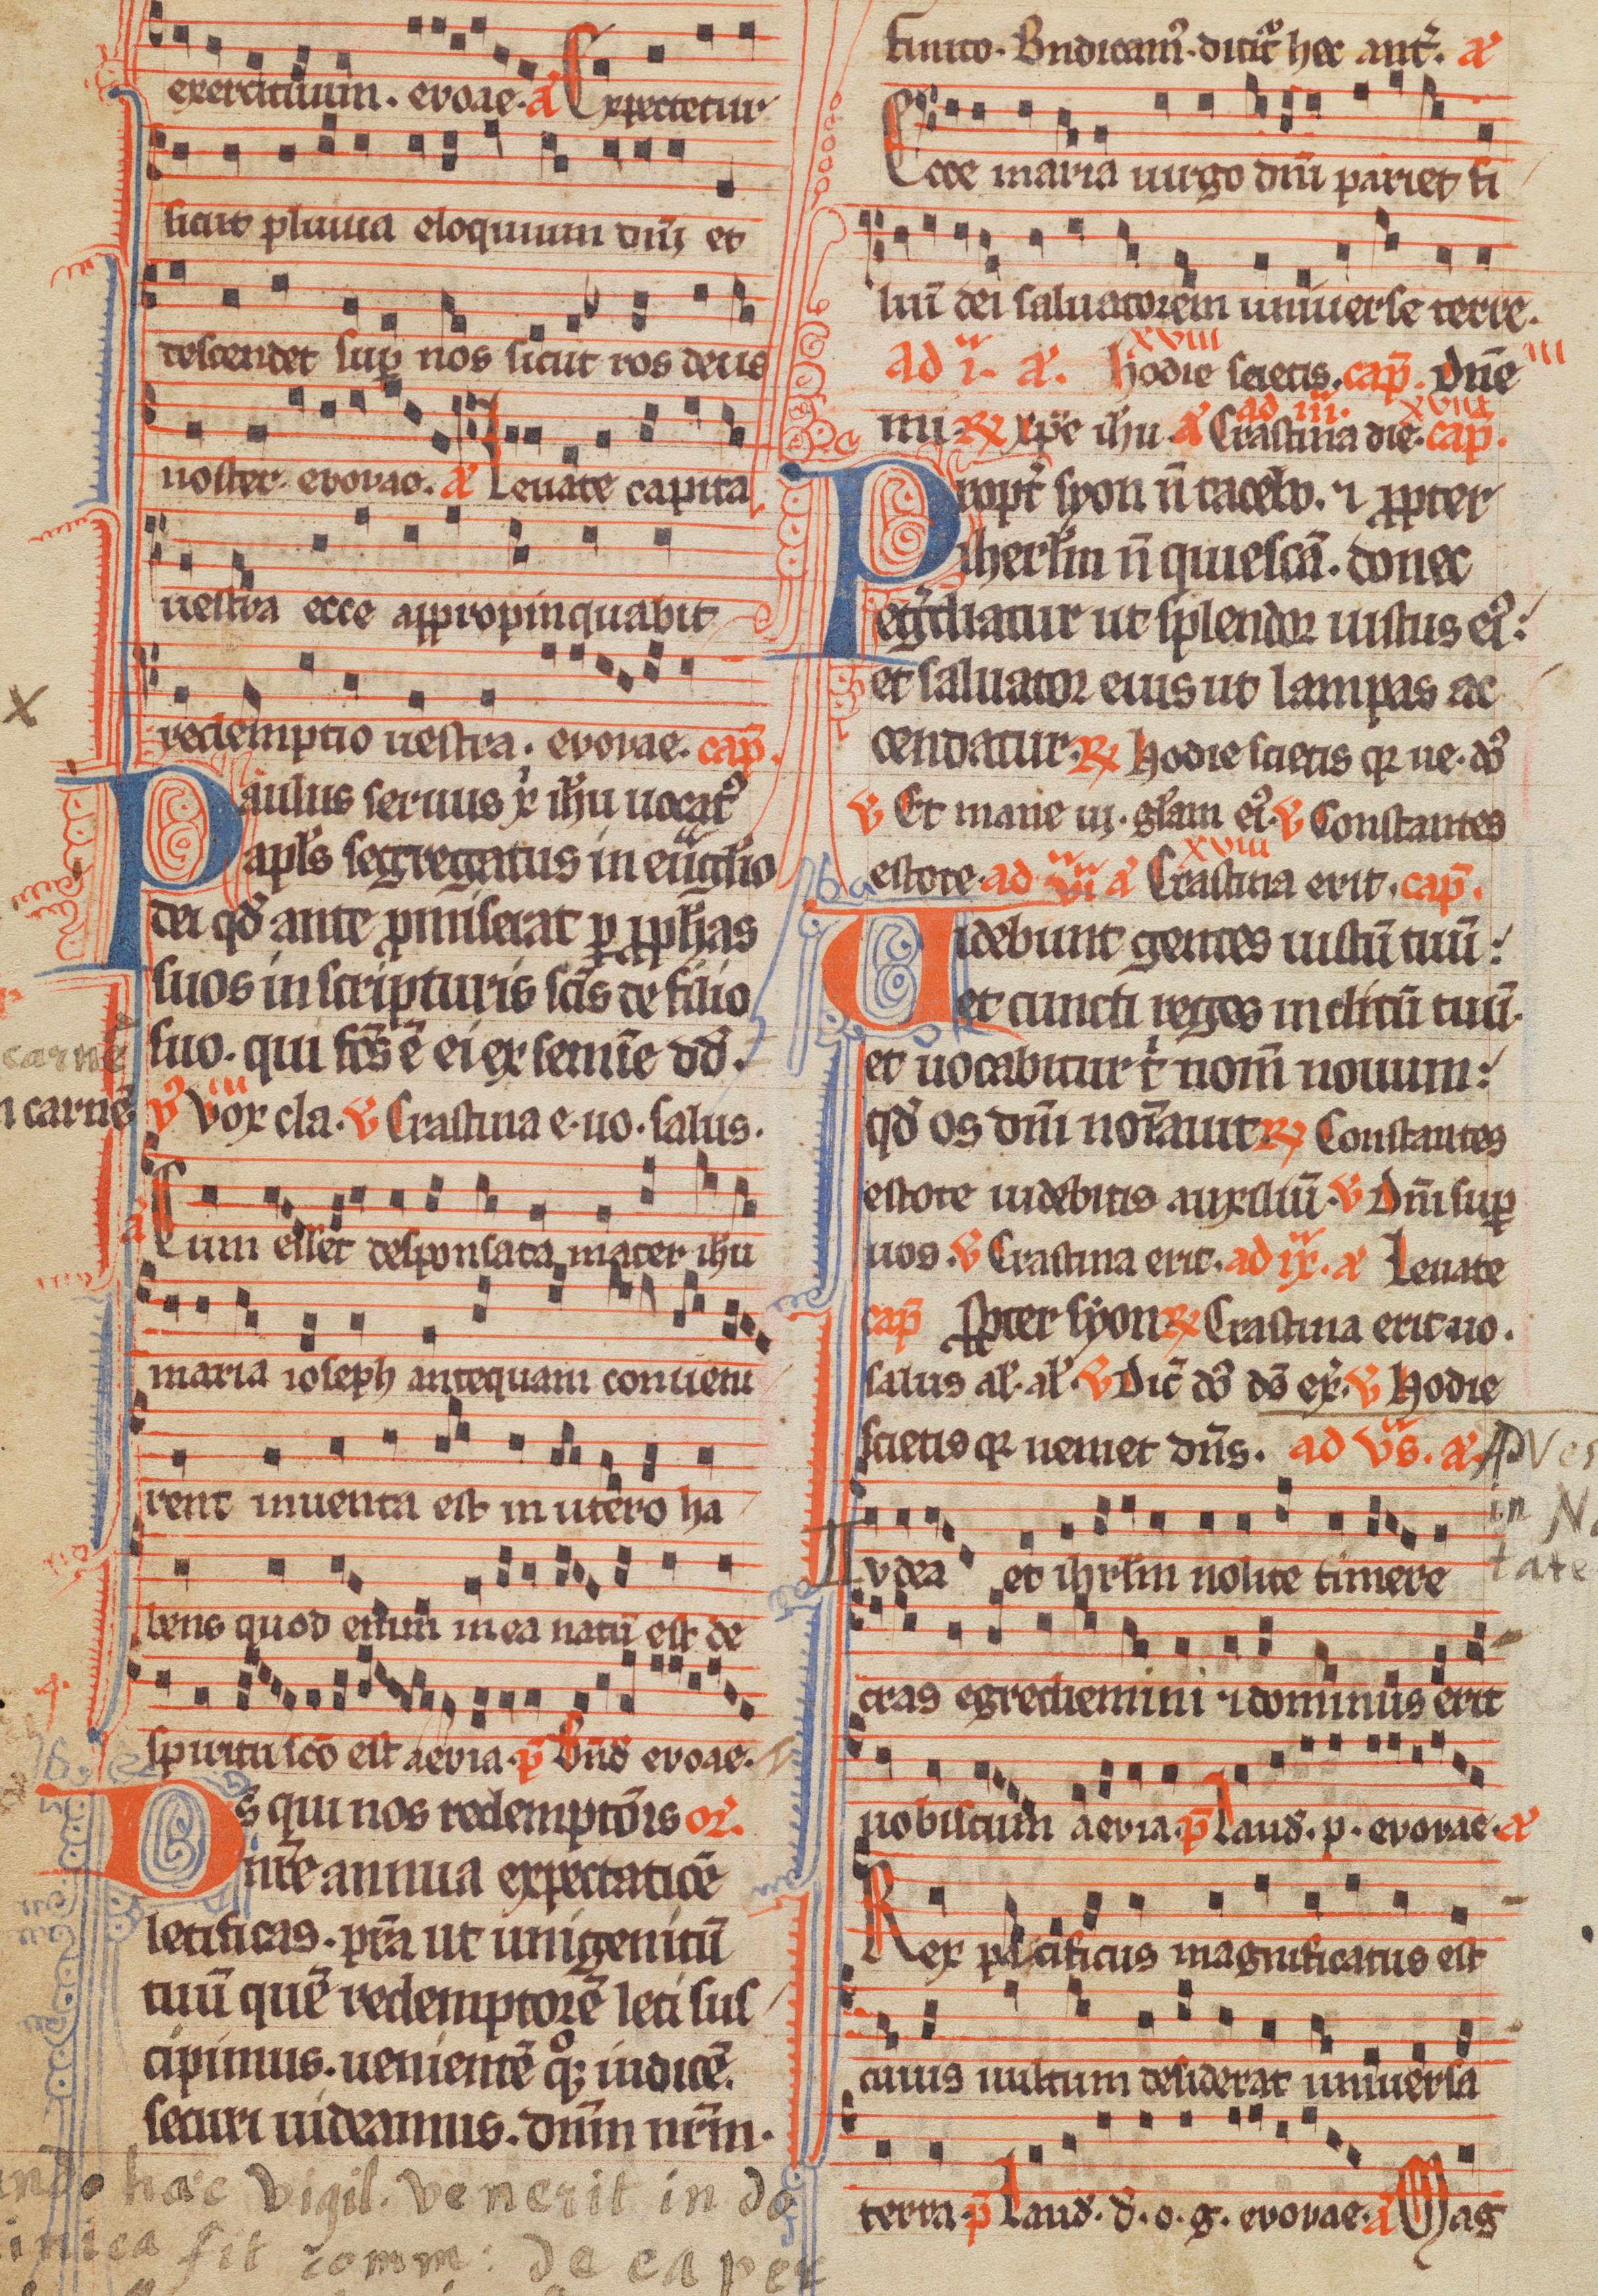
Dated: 1285–1315